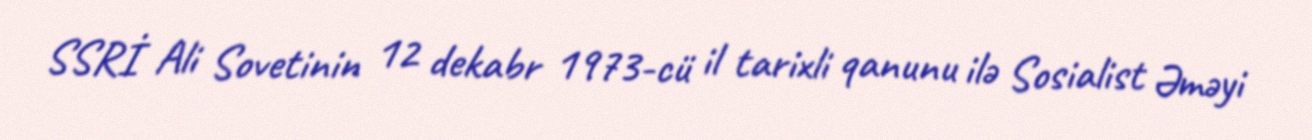
SSRİ Ali Sovetinin 12 dekabr 1973-cü il tarixli qanunu ilə Sosialist Əməyi